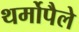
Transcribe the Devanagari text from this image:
थर्मोपैले